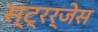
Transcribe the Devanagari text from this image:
स्ट्रर्जेस